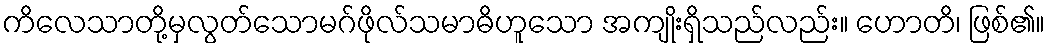
ကိလေသာတို့မှလွတ်သောမဂ်ဖိုလ်သမာဓိဟူသော အကျိုးရှိသည်လည်း။ ဟောတိ၊ ဖြစ်၏။